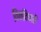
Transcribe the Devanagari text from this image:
विनविषारी